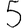
Digit: 5